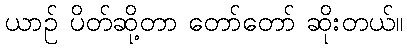
ယာဉ် ပိတ်ဆို့တာ တော်တော် ဆိုးတယ်။